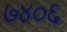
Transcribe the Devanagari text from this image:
७४०६